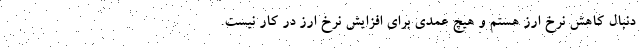
دنبال کاهش نرخ ارز هستم و هیچ عمدی برای افزایش نرخ ارز در کار نیست.